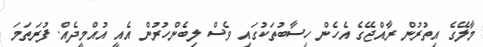
މާލޭގެ އިތުރުން ރާއްޖޭގެ އެހެން ހިސާބުތަކުގައި ވެސް ލިބެންހުރުން އެއީ އުއްމީދެއް. ފުރަތަމަ